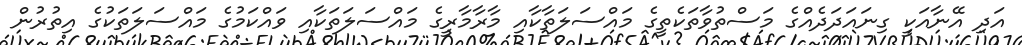
އަދި އޭނާއަކީ ގިނައަދަދެއްގެ މަސްތުވާތަކެތީގެ މައްސަލަތާކާއި މާރާމާރީގެ މައްސަލަތަކާއި ވައްކަމުގެ މައްސަލަތަކުގެ އިތުރުން